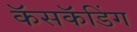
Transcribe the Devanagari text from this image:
कॅसकॅडिंग